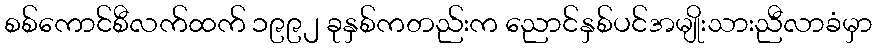
စစ်ကောင်စီလက်ထက် ၁၉၉၂ ခုနှစ်ကတည်းက ညောင်နှစ်ပင်အမျိုးသားညီလာခံမှာ